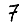
Digit: 7